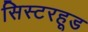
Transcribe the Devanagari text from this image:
सिस्टरहूड